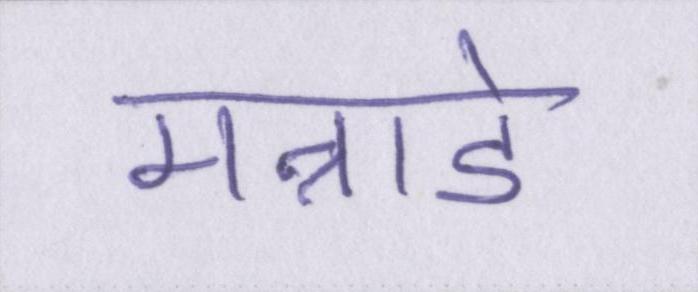
मन्नाडे